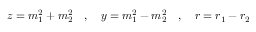
z = m _ { 1 } ^ { 2 } + m _ { 2 } ^ { 2 } \quad , \quad y = m _ { 1 } ^ { 2 } - m _ { 2 } ^ { 2 } \quad , \quad r = r _ { 1 } - r _ { 2 }